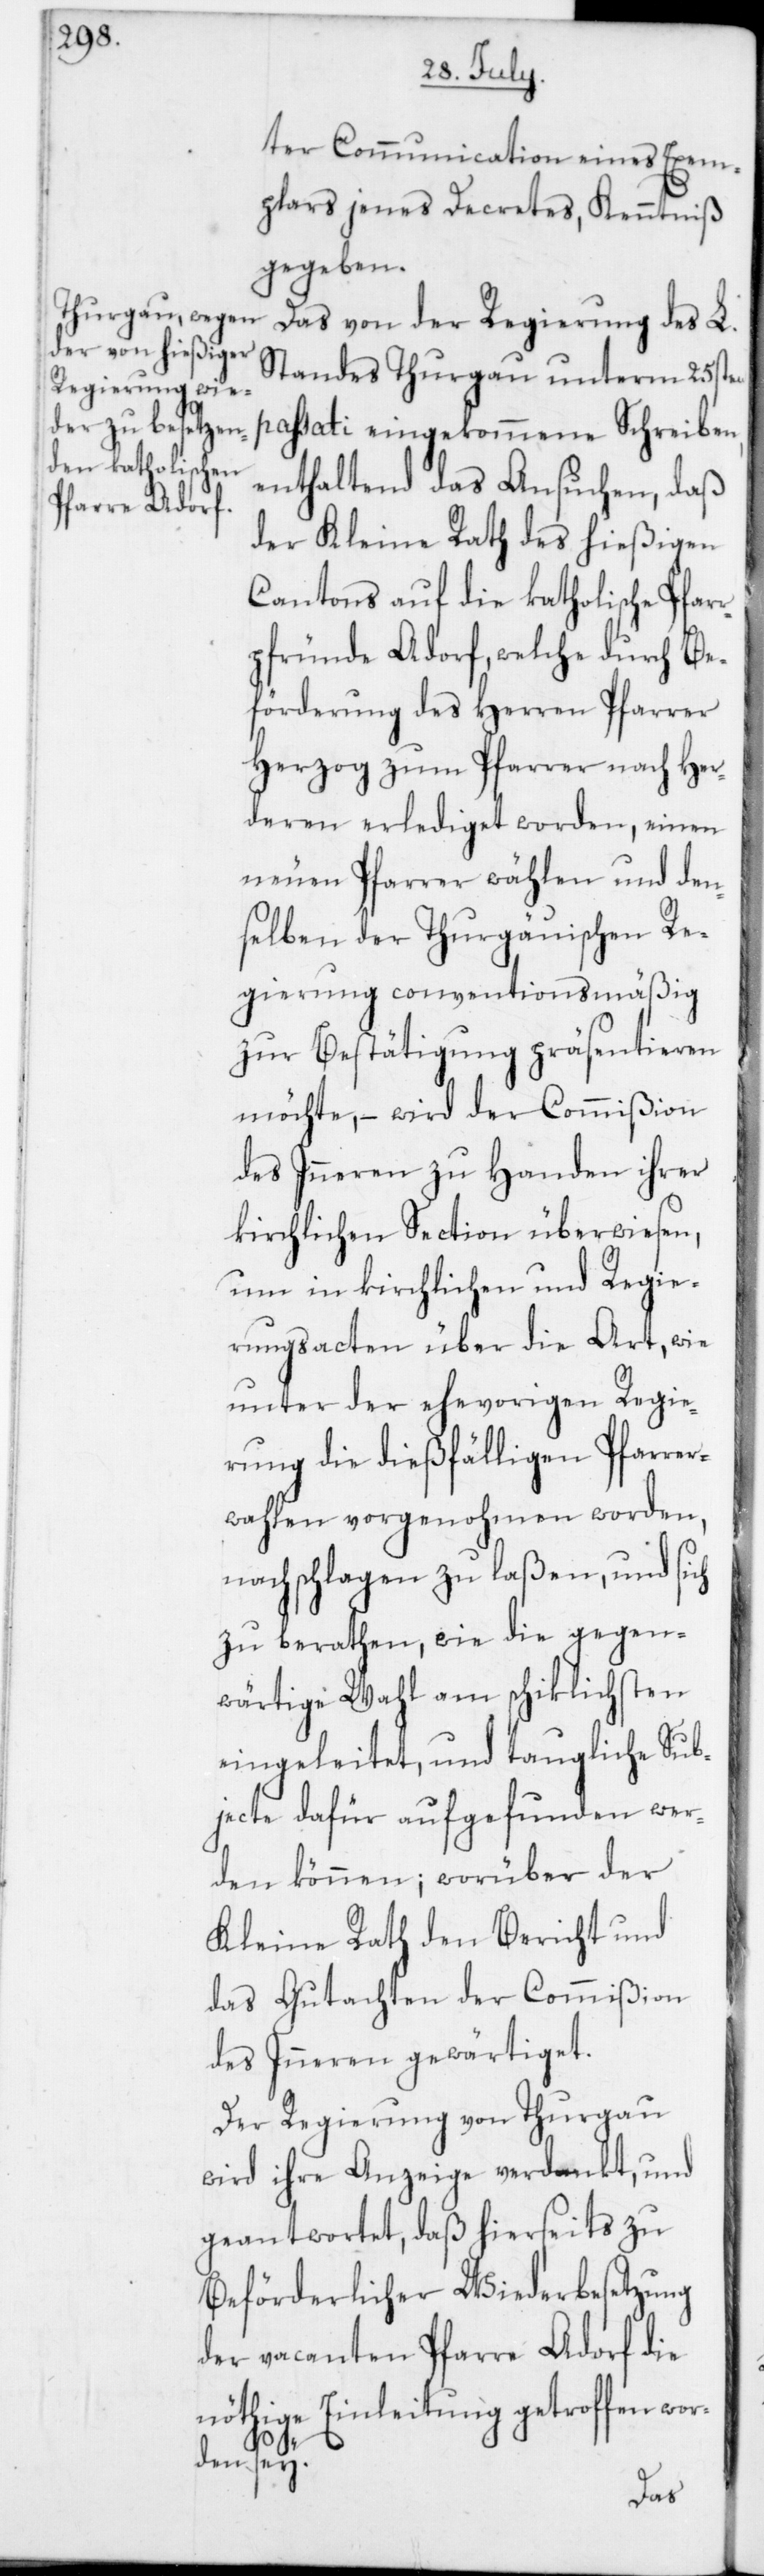
ter Communication eines Exem¬
plars jenes Decretes, Kenntniß
gegeben.
Das von der Regierung des L.
Standes Thurgau unterm 25sten
passati eingekommene Schreiben,
enthaltend das Ansuchen, daß
der Kleine Rath des hießigen
Cantons auf die katholische Pfar¬
rpfründe Adorf, welche durch Be¬
förderung des Herren Pfarrer
Herzog zum Pfarrer nach Her¬
deren erlediget worden, einen
neuen Pfarrer wählen und den¬
selben der Thurgäuischen Re¬
gierung conventionsmäßig
zur Bestätigung präsentieren
möchte, – wird der Commißion
des Inneren zu Handen ihrer
kirchlichen Section überwiesen,
um in kirchlichen und Regie¬
rungsacten über die Art, wie
unter der ehevorigen Regie¬
rung die dießfälligen Pfarrer¬
wahlen vorgenohmen worden,
nachschlagen zu laßen, und sich
zu berathen, wie die gegen¬
wärtige Wahl am schiklichsten
eingeleitet, und taugliche Sub¬
jecte dafür aufgefunden wer¬
den können; worüber der
Kleine Rath den Bericht und
das Gutachten der Commißion
des Inneren gewärtiget.
Der Regierung von Thurgau
wird ihre Anzeige verdankt und
geantwortet, daß hierseits zu
Beförderlicher Wiederbesetzung
der vacanten Pfarre Adorf die
nöthige Einleitung getroffen wor¬
den sey.